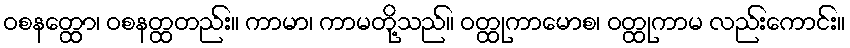
ဝစနတ္ထော၊ ဝစနတ္ထတည်း။ ကာမာ၊ ကာမတို့သည်။ ဝတ္ထုကာမောစ၊ ဝတ္ထုကာမ လည်းကောင်း။